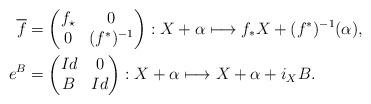
LaTeX: \begin{align*} \overline{f}&=\begin{pmatrix} f_{\star} & 0 \\ 0 & (f^*)^{-1} \end{pmatrix}: X+\alpha\longmapsto f_{*}X+(f^*)^{-1}(\alpha), \\ e^B&=\begin{pmatrix} Id & 0 \\ B & Id \end{pmatrix}: X+\alpha\longmapsto X+\alpha+i_XB .\end{align*}